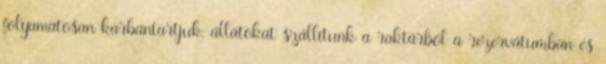
folyamatosan karbantartjuk, állatokat szállítunk a raktárból a rezervátumban és